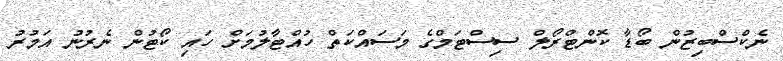
ނެކްސްބިޒުން ބޯޑާ ކޮންޓްރޯލް ސިސްޓަމްގެ މަސައްކަތް ހުއްޓާލުމަށް ހައި ކޯޓުން ނެރުނު އަމުރު